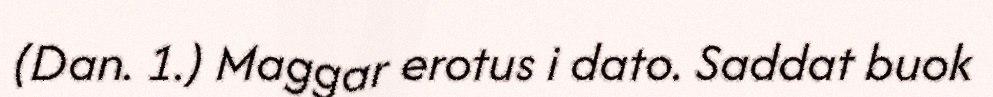
(Dan. 1.) Maggar erotus i dato. Saddat buok